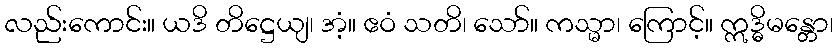
လည်းကောင်း။ ယဒိ တိဋ္ဌေယျ၊ အံ့။ ဧဝံ သတိ၊ သော်။ ကသ္မာ၊ ကြောင့်။ ဣဒ္ဓိမန္တော၊